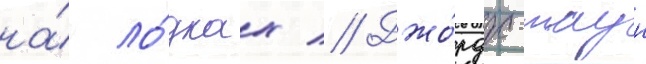
на́ ло́дках // Джо́рдж-таун